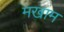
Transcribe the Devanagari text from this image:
मखाम